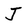
Character: J